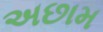
અછામ